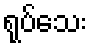
ရုပ်သေး